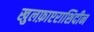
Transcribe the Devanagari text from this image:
खुलफ़ाएराशिदीन